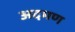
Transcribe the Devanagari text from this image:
अदमण